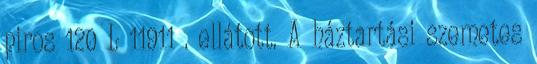
piros 120 L 11911 . ellátott. A háztartási szemetes